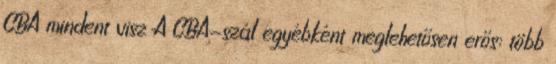
CBA mindent visz A CBA-szál egyébként meglehetősen erős: több